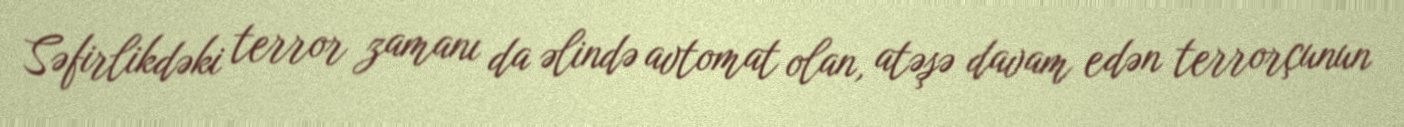
Səfirlikdəki terror zamanı da əlində avtomat olan, atəşə davam edən terrorçunun